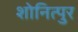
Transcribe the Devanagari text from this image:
शोनित्पुर